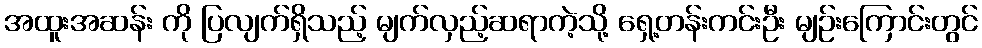
အထူးအဆန်း ကို ပြလျက်ရှိသည့် မျက်လှည့်ဆရာကဲ့သို့ ရှေ့တန်းကင်းဦး မျဉ်းကြောင်းတွင်